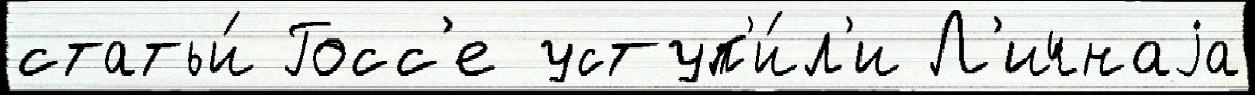
статьи́ Госс'е уступ'и́л'и Л'ичнаjа